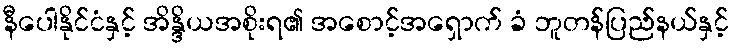
နီပေါနိုင်ငံနှင့် အိန္ဒိယအစိုးရ၏ အစောင့်အရှောက် ခံ ဘူတန်ပြည်နယ်နှင့်